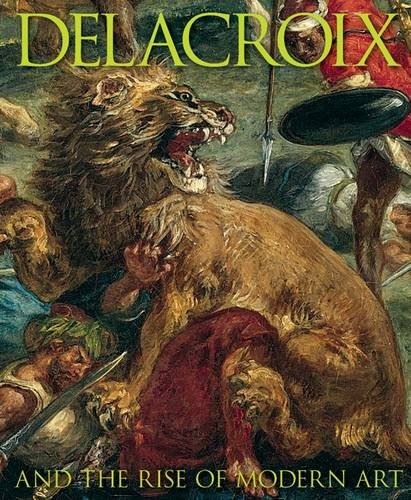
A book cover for Delacroix: and the Rise of Modern Art; Patrick Noon; Arts & Photography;